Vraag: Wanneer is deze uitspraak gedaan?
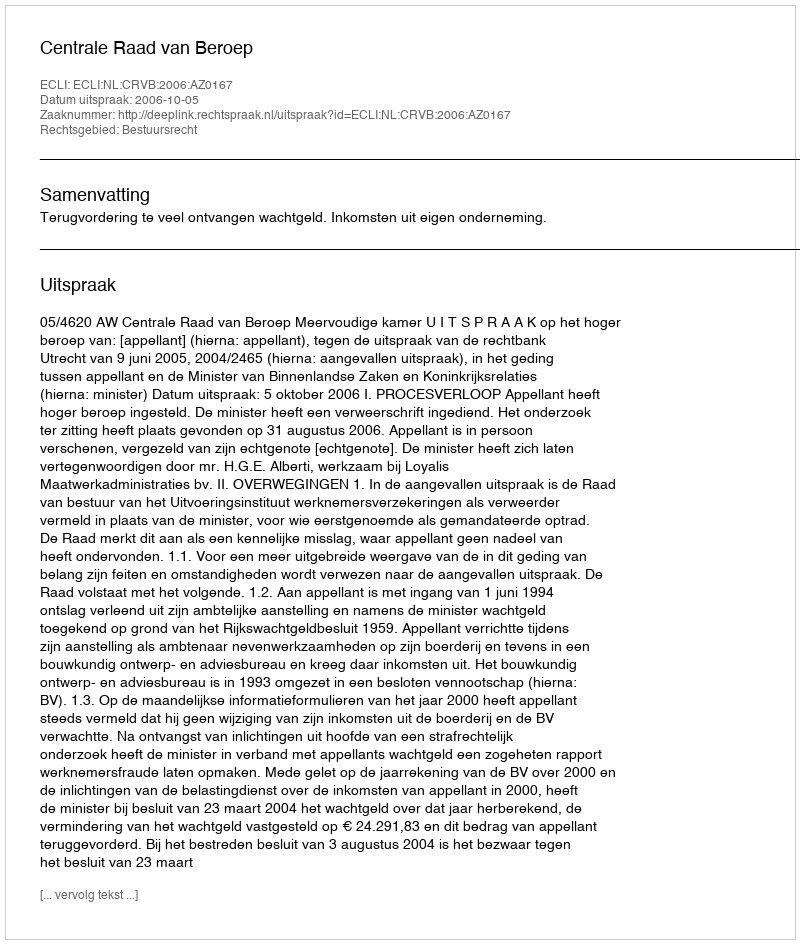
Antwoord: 2006-10-05